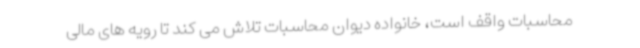
محاسبات واقف است، خانواده دیوان محاسبات تلاش می کند تا رویه های مالی